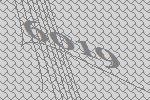
6019